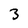
Character: 3